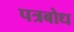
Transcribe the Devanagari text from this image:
पत्रबोध